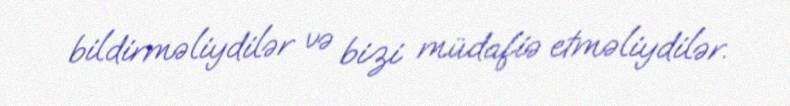
bildirməliydilər və bizi müdafiə etməliydilər.